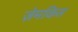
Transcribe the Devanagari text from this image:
ज़ेमकिस